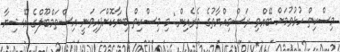
މިސްކިތް ހުޅުވުމަށް ބޭއްވި ރަސްމިއްޔާތުގެ ތެރެއިން: މި މިސްކިތް ބިނާކޮށްފައިވަނީ އިސްތަމްބޫލްގެ އޭޝިޔާ